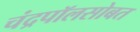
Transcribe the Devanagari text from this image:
चंद्रपॉलसोबत